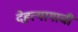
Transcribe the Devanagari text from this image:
देहत्यागाची